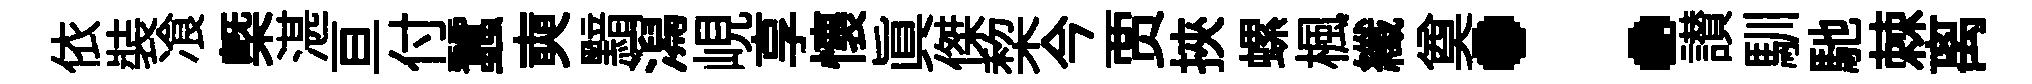
依裝飡㮣湛亘付蠶奭黯㵼峴享懷真傑棃今贾挾螺楓纖奠：讃馴馳棘离